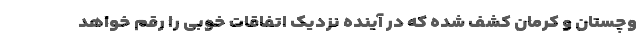
وچستان و کرمان کشف شده که در آینده نزدیک اتفاقات خوبی را رقم خواهد